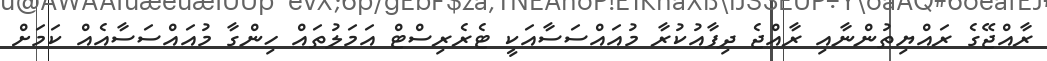
ރާއްޖޭގެ ރައްޔިތުންނާއި ރާއްޖެ ދިފާއުކުރާ މުއައްސަސާއަކީ ޓެރެރިސްޓް އަމަލުތައް ހިންގާ މުއައްސަސާއެއް ކަމަށް